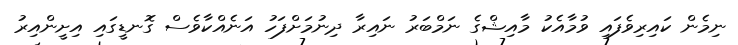
ނިމެން ކައިރިވެފައި ވުމާއެކު މާއިޝްގެ ނަމްބަރުު ނައިރާ ދިނުމަށްފަހު އަނެއްކާވެސް ގޮނޑީގައި އިށީންއިރު